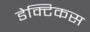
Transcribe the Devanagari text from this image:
डेक्टिकस